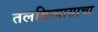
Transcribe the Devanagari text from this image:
तलविन्यासाचा